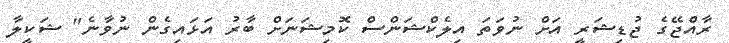
ރާއްޖޭގެ ޖުޑިޝަރީ އަށް ނުވަތަ އިލެކްޝަންސް ކޮމިޝަނަށް ބާރު އަޅައިގެން ނުވާނެ" ޝަކީލާ